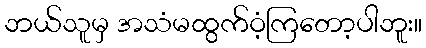
ဘယ်သူမှ အသံမထွက်ဝံ့ကြတော့ပါဘူး။